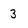
Character: 3